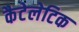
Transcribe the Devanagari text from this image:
कैटेलेटिक